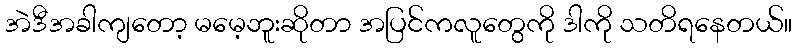
အဲဒီအခါကျတော့ မမေ့ဘူးဆိုတာ အပြင်ကလူတွေကို ဒါကို သတိရနေတယ်။